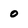
Character: o